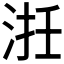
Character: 𣵱